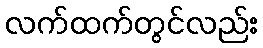
လက်ထက်တွင်လည်း